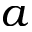
a